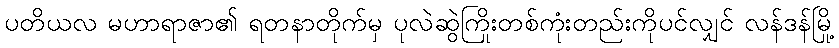
ပတိယလ မဟာရာဇာ၏ ရတနာတိုက်မှ ပုလဲဆွဲကြိုးတစ်ကုံးတည်းကိုပင်လျှင် လန်ဒန်မြို့